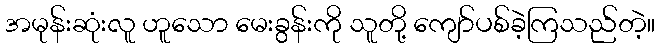
အမုန်းဆုံးလူ ဟူသော မေးခွန်းကို သူတို့ ကျော်ပစ်ခဲ့ကြသည်တဲ့။